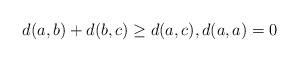
LaTeX: \begin{align*}d(a, b) + d(b, c) \geq d(a, c),d(a, a) = 0\end{align*}